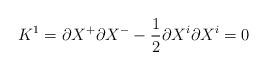
LaTeX: \begin{align*}K^1= \partial X^+\partial X^- - \frac{1}{2}\partial X^i \partial X^i = 0\end{align*}